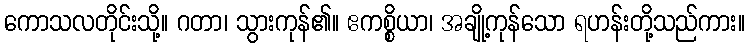
ကောသလတိုင်းသို့။ ဂတာ၊ သွားကုန်၏။ ဧကစ္စိယာ၊ အချို့ကုန်သော ရဟန်းတို့သည်ကား။